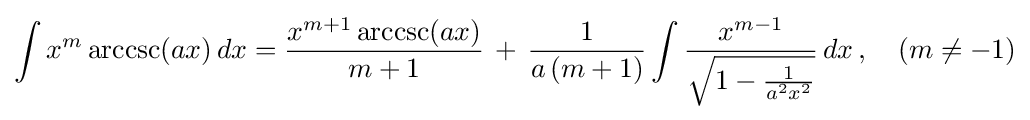
\int x^{m}\operatorname {arccsc}(ax)\,dx={\frac {x^{m+1}\operatorname {arccsc}(ax)}{m+1}}\,+\,{\frac {1}{a\,(m+1)}}\int {\frac {x^{m-1}}{\sqrt {1-{\frac {1}{a^{2}x^{2}}}}}}\,dx\,,\quad (m\neq -1)